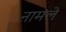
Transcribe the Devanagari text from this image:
नामले